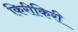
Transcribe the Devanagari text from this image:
किरीकिरी